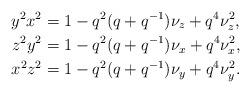
LaTeX: \begin{align*}y^2x^2 &= 1-q^2(q+q^{-1})\nu_z + q^4\nu_z^2, \\z^2y^2 &= 1-q^2(q+q^{-1})\nu_x + q^4\nu_x^2, \\x^2z^2 &= 1-q^2(q+q^{-1})\nu_y + q^4\nu_y^2. \end{align*}